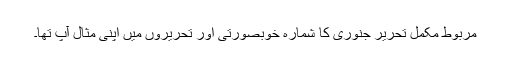
مربوط مکمل تحریر جنوری کا شمارہ خوبصورتی اور تحریروں میں اپنی مثال آپ تھا۔